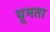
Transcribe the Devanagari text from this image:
धूमता